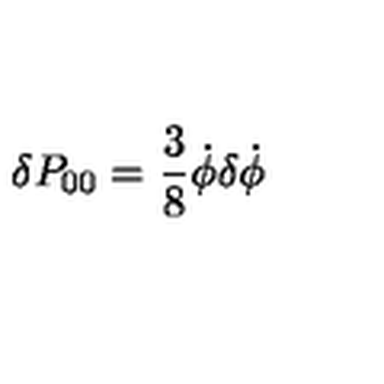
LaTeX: \delta P _ { 0 0 } = \frac { 3 } { 8 } \dot { \phi } \delta \dot { \phi }